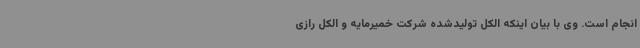
انجام است. وی با بیان اینکه الکل تولیدشده شرکت خمیرمایه و الکل رازی